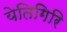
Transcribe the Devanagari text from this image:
येतिगिरि